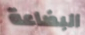
البضاعة